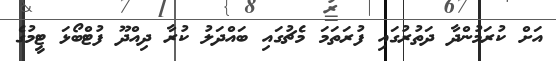
އަށް ކުރަމުންދާ ދަތުރުގައި ފުރަތަމަ މެޗުގައި ބައްދަލު ކުރާ ދިއްދޫ ފުޓްބޯޅަ ޓީމުގެ